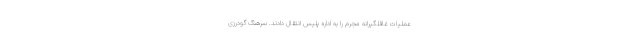
عملیات غافلگیرانه مجرم را به اداره پلیس انتقال دادند. سرهنگ گودرزی